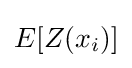
E[Z(x_{i})]